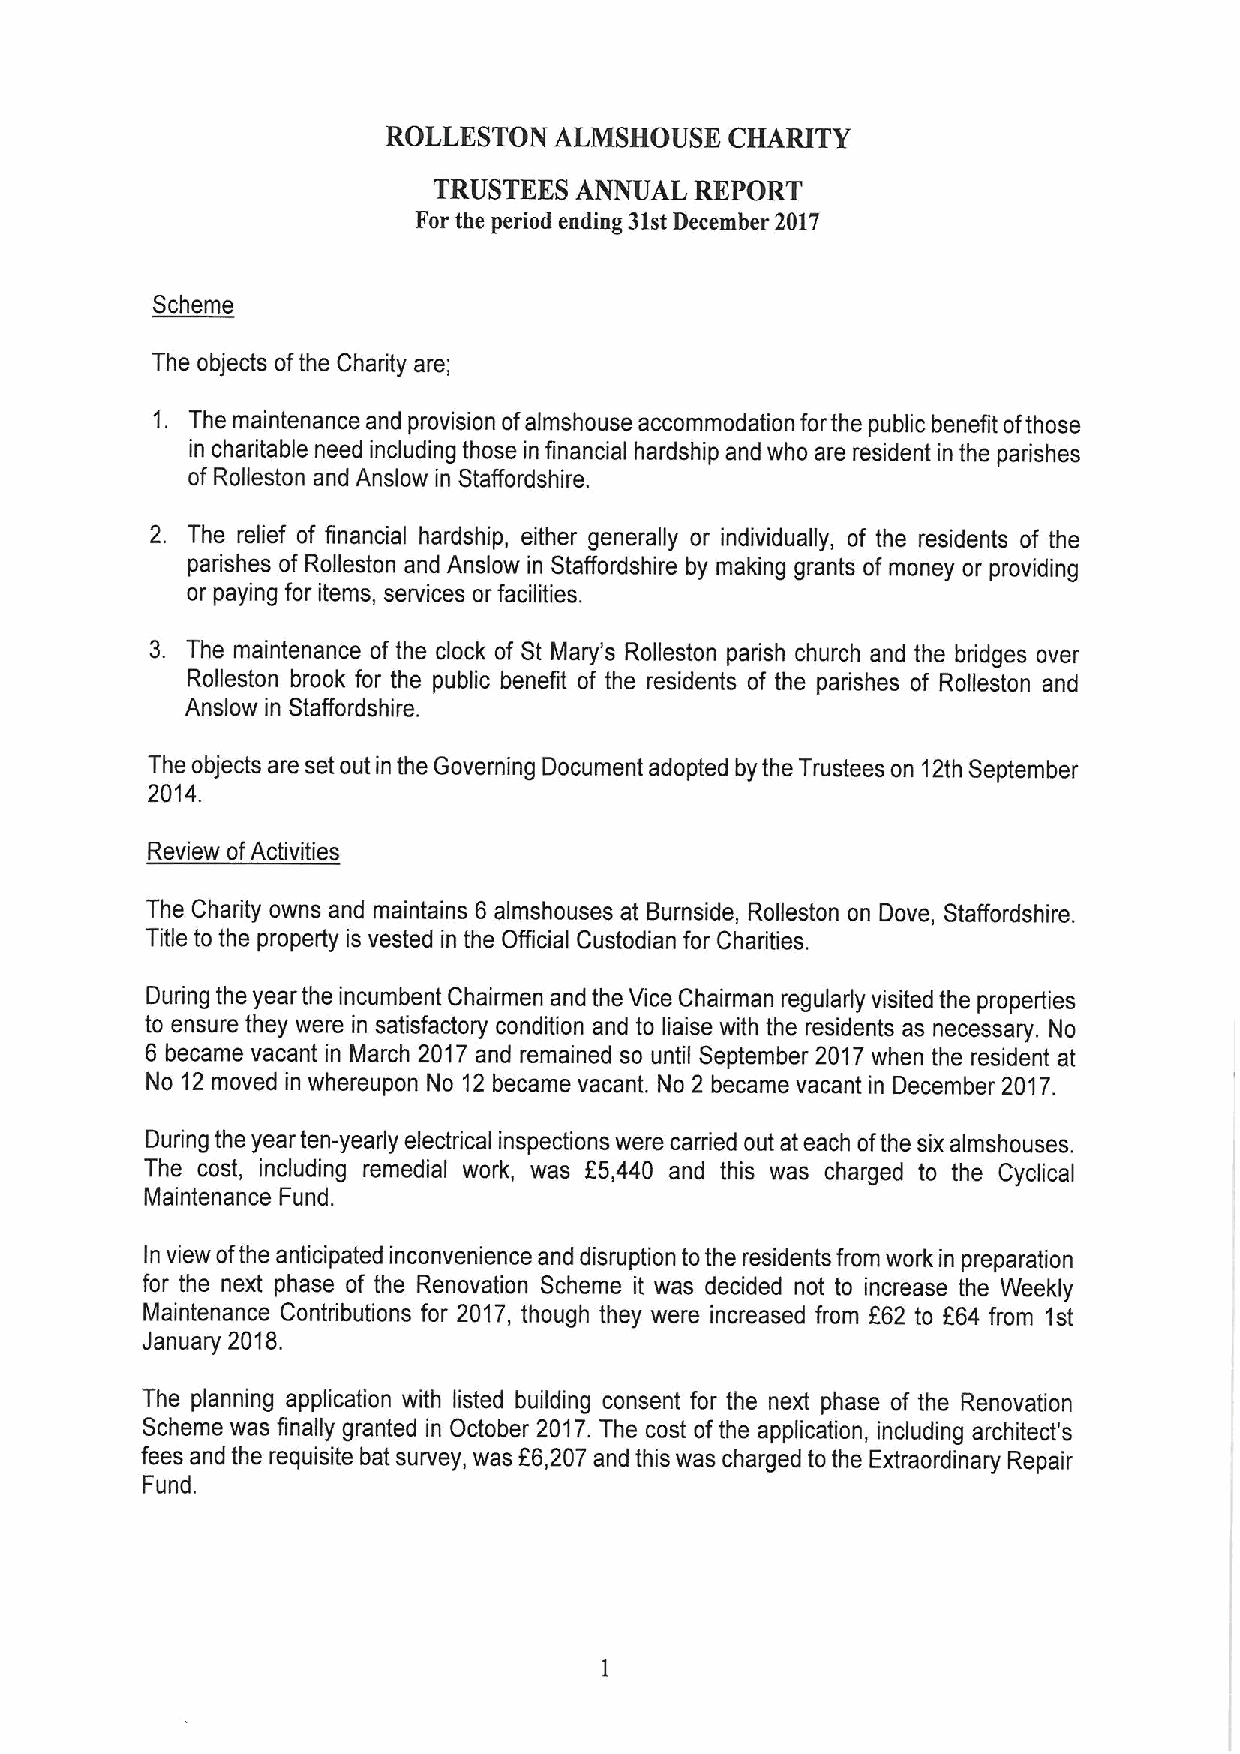
ROLLESTON  ALMSHOUSE  CHARITY
 TRUSTEES ANNUAL  REPORT
 For the period ending 31stDecember 2017
 Scheme
 The objects ofthe Charity are;
 1. The maintenance and provision ofalmshouse accommodation forthe public benefit ofthose
 in charitable need including those in financial hardship and who are resident in the parishes
 of Rolleston and Anslow in Staffordshire.
 2. The relief of financial hardship, either generally or individually, of the residents of the
 parishes of Rolleston and Anslow in Staffordshire by making grants of money or providing
 or paying for items, services or facilities.
 3. The maintenance of the clock of St Mary's Rolleston parish church and the bridges over
 Rolleston brook for the public benefit of the residents of the parishes of Rolleston and
 Anslow in Staffordshire.
 The objects are set out in the Governing Document adopted by the Trustees on 12th September
 2014.
 Review ofActivities
 The Charity owns and maintains 6 almshouses at Burnside, Rolleston on Dove, Staffordshire.
 Title to the property is vested in the Official Custodian for Charities.
 During the year the incumbent Chairmen and the Vice Chairman regularly visited the properties
 to ensure they were in satisfactory condition and to liaise with the residents as necessary. No
 6 became vacant in March 2017 and remained so until September 2017when the resident at
 No 12moved in whereupon No 12 became vacant. No 2 became vacant in December 2017.
 During the year ten-yearly electrical inspections were carried out at each ofthe six almshouses.
 The cost, including remedial work, was E5,440 and this was charged to the Cyclical
 Maintenance Fund.
 In view ofthe anticipated inconvenience and disruption tothe residents from work in preparation
 for the next phase of the Renovation Scheme it was decided not to increase the Weekly
 Maintenance Contributions for 2017, though they were increased from 862 to f64 from 1st
 January 2018.
 The planning application with listed building consent for the next phase of the Renovation
 Scheme was finally granted in October 2017.The cost ofthe application, including architect's
 f
 fees and the requisite bat survey, was 6,207 and this was charged to the Extraordinary Repair
 Fund.